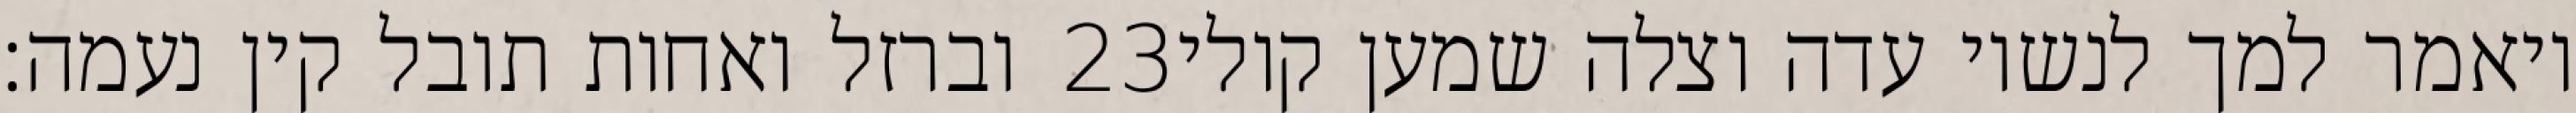
וברזל ואחות תובל קין נעמה׃ ‎23‏ ויאמר למך לנשיו עדה וצלה שמען קולי